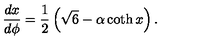
{ \frac { d x } { d \phi } = \frac { 1 } { 2 } \left( \sqrt { 6 } - \alpha \coth x \right) . }